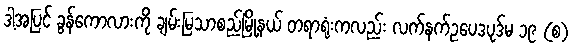
ဒါ့အပြင် ခွန်ကောလားကို ချမ်းမြသာစည်မြို့နယ် တရာရုံးကလည်း လက်နက်ဥပေဒပုဒ်မ ၁၉ (စ)